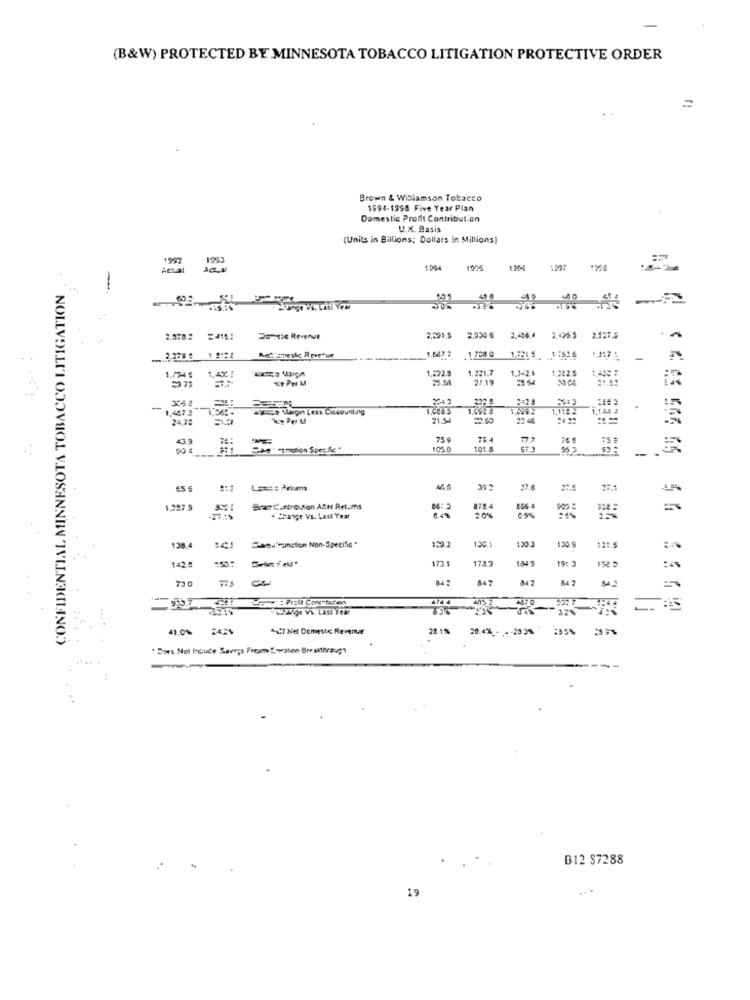
(B&W) PROTECTED BY MINNESOTA TOBACCO LITIGATION PROTECTIVE ORDER
Brown & Williamson Tobacco
1594-1998 Five Year Plan
Domestic Profit Contribution
U.K. Basis
(Units in Billions; Dollars in Millions)
1997
1253
ACRal
1994
1925
1261
CONFIDENTIAL MINNESOTA TOBACCO LITIGATION
-
40
2.578.2 24151
EN RevenVe
2,930 6
3,446.4
1,496.5 2,5275
2,527,5
Netianeste Revenue
... 2,278 8
1.6677 1 708 0
-
1,222.5
1.221,7
1,342.5
1.774€
7
25.54
2/17
1,2-21
305 2
-
1,497.3
Apach Waron Less Cinepunting
1,112 2
24,72
21.51
22 46
==
75
784
105.0
101.8
55 5
Lees: Ariums
27.8
1,297 9
Bram:Centre on Altet Ret.ma
875.4
256 4
+ Change Vs. Last Year
20%
:41 fiction Non-Specifie.
130.1
120 3
138.4
130.9
121.5
..
173 1
1737
184 9
19: 3
1=2.º
"PELige Vi. Last Year
41.0% 2425
" Net Demeste Revenue
28.1%
28.47% - - - 20 31
235%
" Does Not loude Save;s Froam Spaten Breakthrough
B12 $7288
19